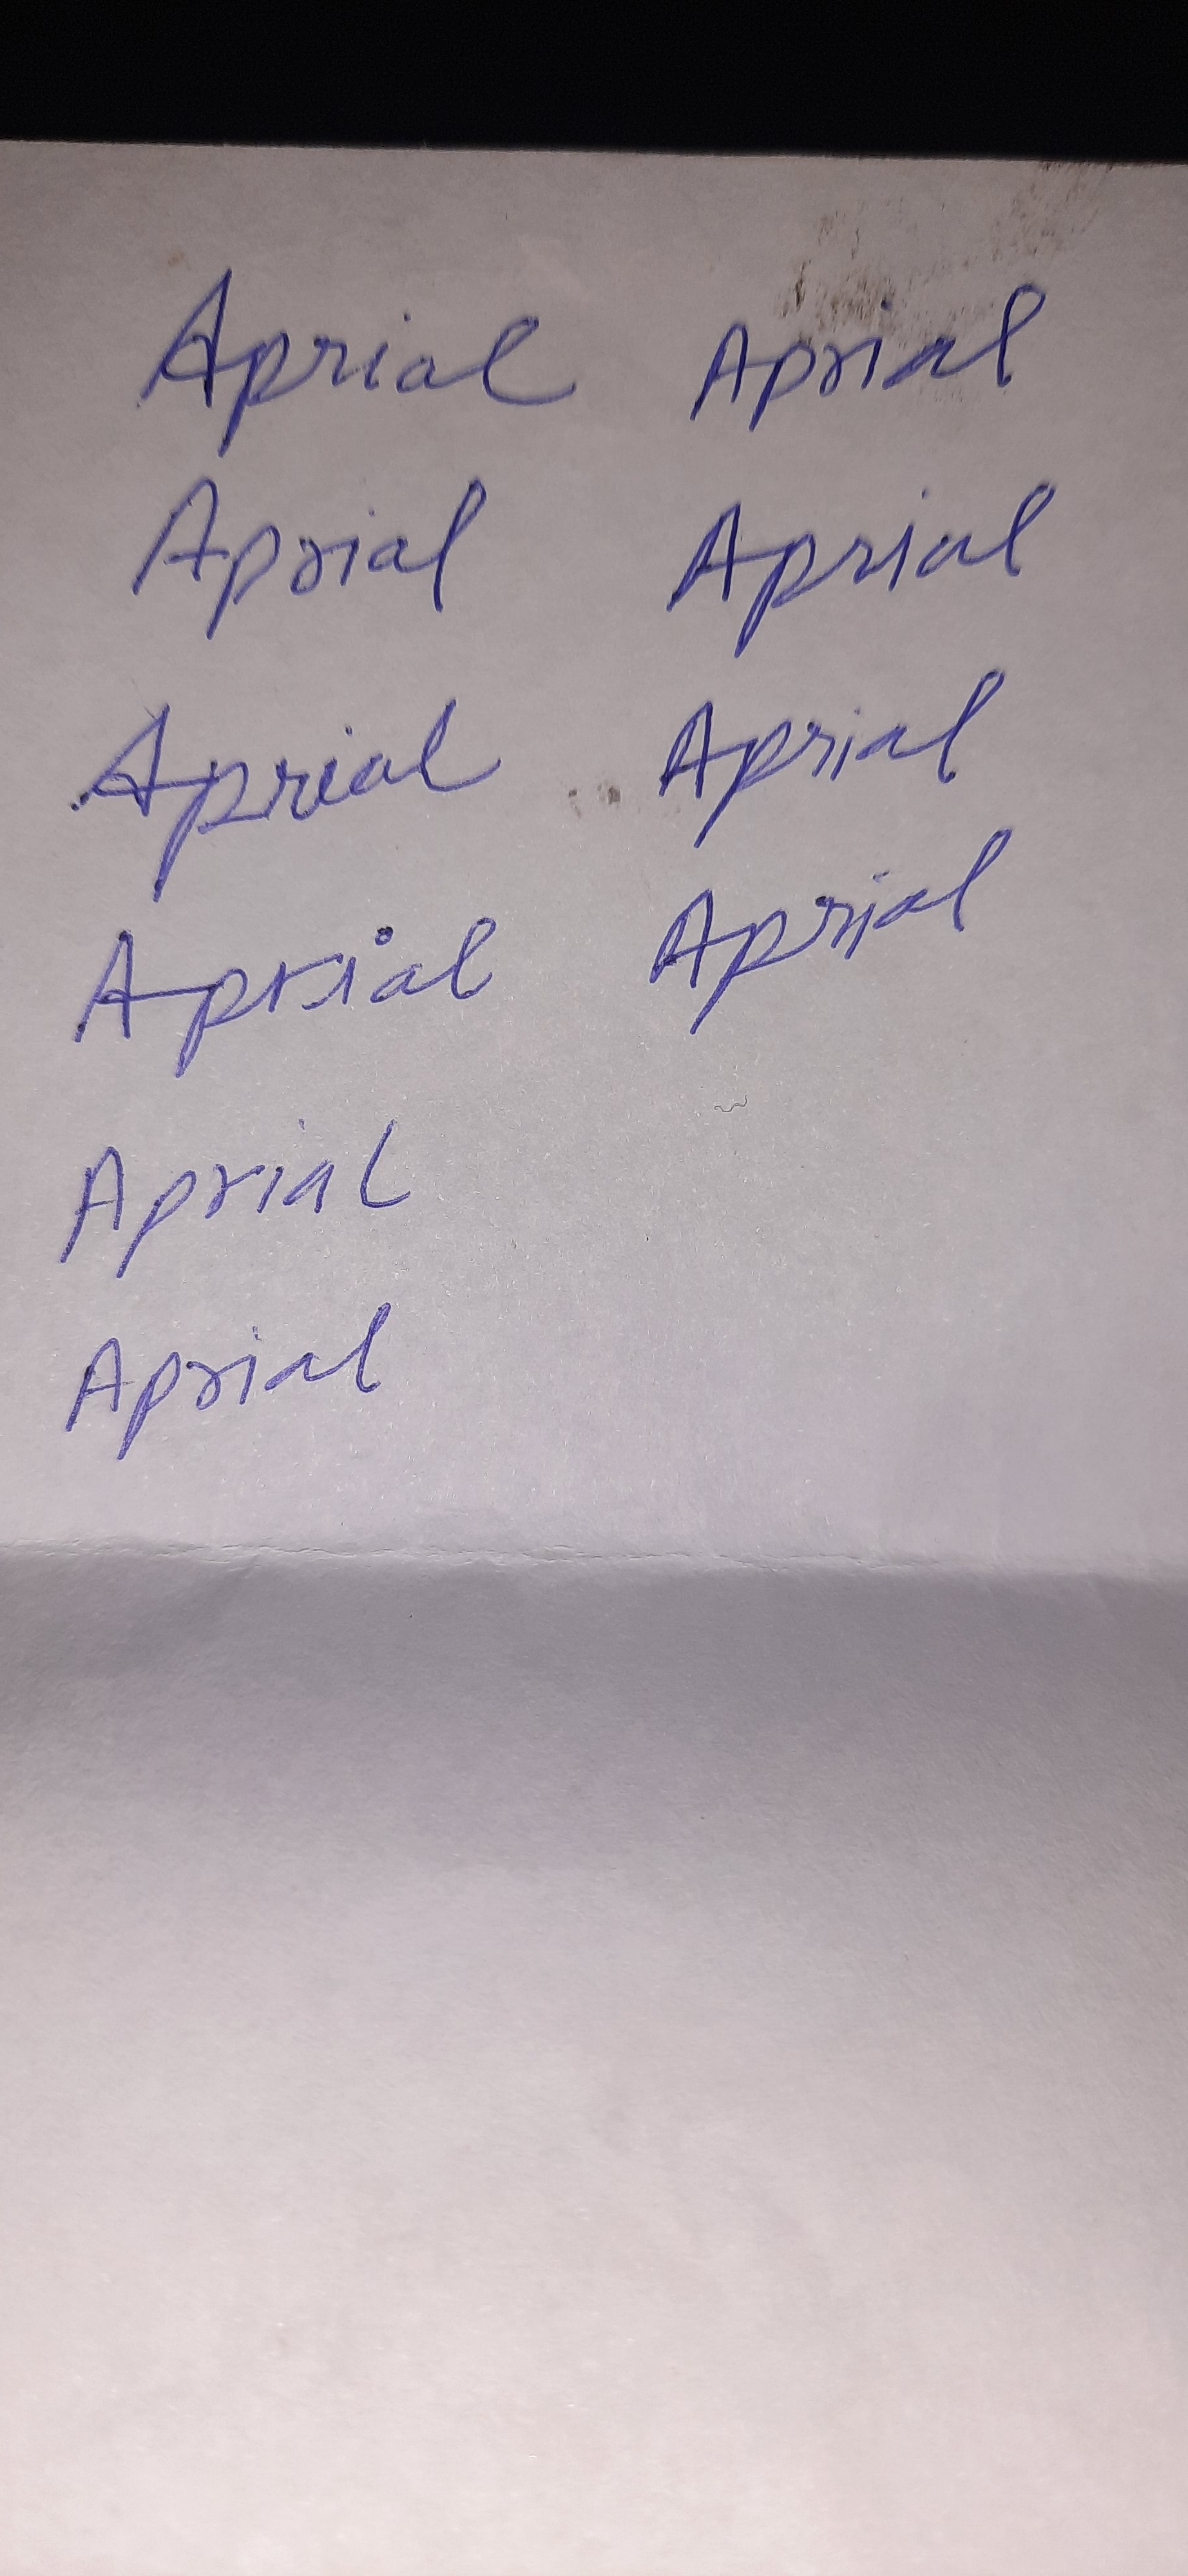
Signature authenticity: forged